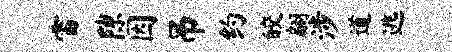
雷隙因吊约皎翩涉道逃